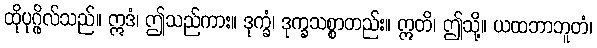
ထိုပုဂ္ဂိုလ်သည်။ ဣဒံ၊ ဤသည်ကား။ ဒုက္ခံ၊ ဒုက္ခသစ္စာတည်း။ ဣတိ၊ ဤသို့။ ယထဘာဘူတံ၊